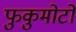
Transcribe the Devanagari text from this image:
फुकुमोटो